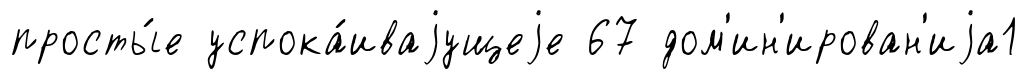
просты́е успока́иваjущеjе 67 дом'ин'ирован'иjа1